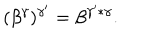
LaTeX: ( \beta ^ { \gamma } ) ^ { \gamma ^ { \prime } } = \beta ^ { \gamma ^ { \prime } * \gamma } .